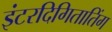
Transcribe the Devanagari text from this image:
इंटरदिगितातिंग